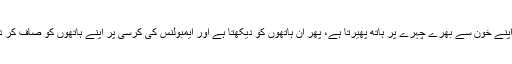
یہ بچہ اپنے خون سے بھرے چہرے پر ہاتھ پھیرتا ہے، پھر ان ہاتھوں کو دیکھتا ہے اور ایمبولنس کی کرسی پر اپنے ہاتھوں کو صاف کر دیتا ہے۔